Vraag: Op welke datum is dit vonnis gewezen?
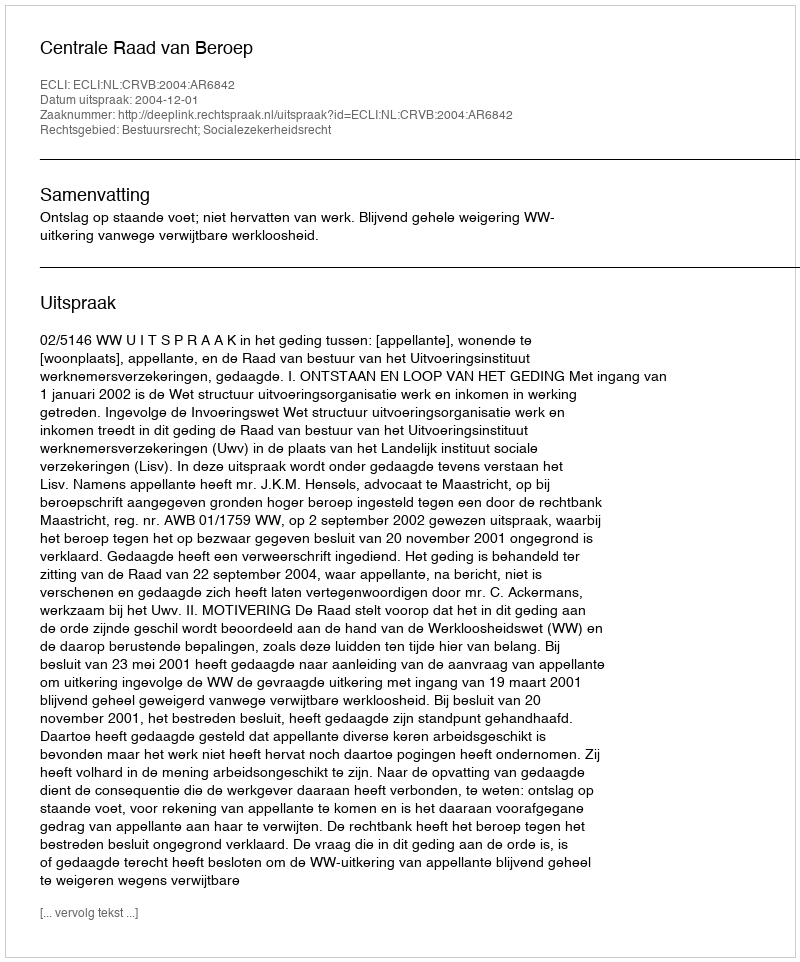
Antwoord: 2004-12-01